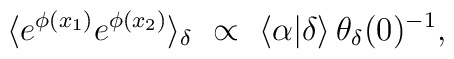
\langle e^{\phi(x_1)}e^{\phi(x_2)}\rangle_{\delta}~\propto~\langle\alpha|\delta\rangle\,\theta_{\delta}(0)^{-1},